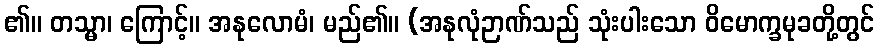
၏။ တသ္မာ၊ ကြောင့်။ အနုလောမံ၊ မည်၏။ (အနုလုံဉာဏ်သည် သုံးပါးသော ဝိမောက္ခမုခတို့တွင်